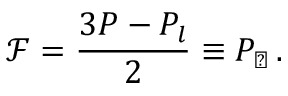
{ \mathcal { F } } = \frac { 3 P - P _ { l } } { 2 } \equiv P _ { \perp } \, .